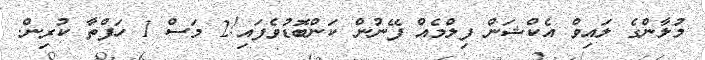
މުލާންގެ ލައިވް އެކްޝަން ފިލްމެއް ފޭނުން ކަންބޮޑުވެފައި!2 މަސް 1 ހަފްތާ ކުރިން.